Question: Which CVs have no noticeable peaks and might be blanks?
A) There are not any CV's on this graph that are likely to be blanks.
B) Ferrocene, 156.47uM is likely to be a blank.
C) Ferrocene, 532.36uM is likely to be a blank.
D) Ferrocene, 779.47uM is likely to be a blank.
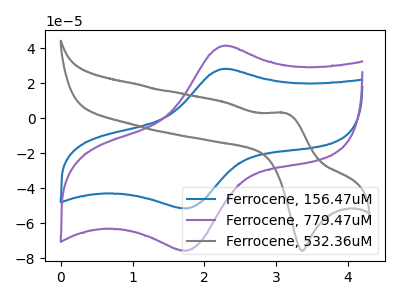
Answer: <think>The blue curve "Ferrocene, 156.47uM" has an anodic peak at (2.30V, 28.25uA) and a cathodic peak at (1.75V, -51.60uA). The purple curve "Ferrocene, 779.47uM" has an anodic peak at (2.30V, 41.50uA) and a cathodic peak at (1.75V, -75.80uA). The gray curve "Ferrocene, 532.36uM" has an anodic peak at (3.15V, 2.95uA) and a cathodic peak at (3.35V, -75.80uA).</think>
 <answer>A) There are not any CV's on this graph that are likely to be blanks.</answer>
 <eval>A</eval>